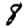
Digit: 8